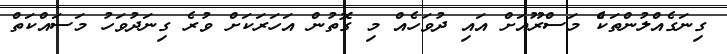
ގިނަގެއްލުންތަކެް މަސްރޫއަށް އައި ދުވަހެއް މި ގޮތުން އަހަރަކަށް ވުރެ ގިނަދުވަހު މަސައްކަތް